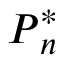
\boldsymbol { P } _ { n } ^ { * }